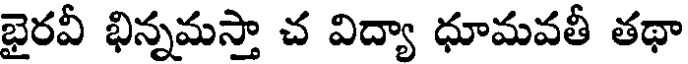
భైరవీ భిన్నమస్తా చ విద్యా ధూమవతీ తథా